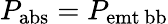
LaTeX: P_{\mathrm{{abs}}}=P_{\mathrm{{emt\, bb}}}